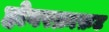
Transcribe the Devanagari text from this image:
होवरक्राफ़ट